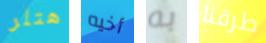
هتلر أخيه به طرقنا